Vaccination in the Punjab 1883-1896 - 1883-1896
Year: 1883
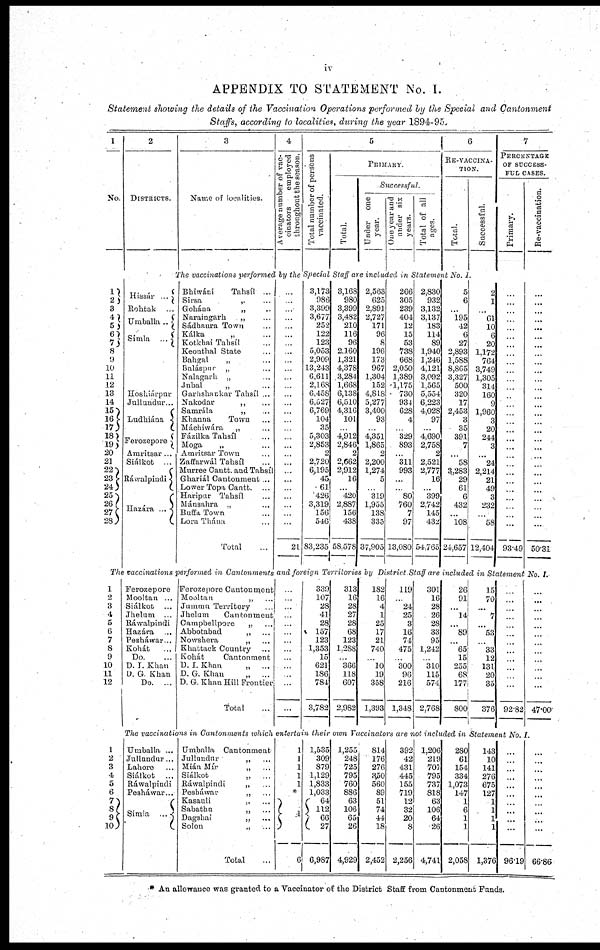
iv
APPENDIX TO STATEMENT No. I.
Statement showing the details of the Vaccination Operations performed by the Special and Cantonment
Staffs, according to localities, during the year 1894-95.
1
No.
2
DISTRICTS.
3
Name of localities.
4
Average number of vac-
cinators
employed
throughout the season.
5
Total number of persons
vaccinated.
PRIMARY.
Total.
Successfu/.
Under one
year.
One year and
under six
years.
Total of all
ages.
6
RE-VACCINA¬
-----
Total.
Successful.
7
PERCENTAGE
OF SUCCESS¬
--- CASES.
Primary.
Re-vaccination.
The vaccinations performed by the Special Staff are included in Statement No. I.
1
2
3
4
5
6
7
8
9
10
11
12
13
14
15
16 17
18
19
20
21
22
23
24
25
26
27
28
Hissár
...
Rohtak ...
Umballa ...
Simla
...
Hoshiárpur ...
Jullundur ...
Ludhiána ...
Ferozepore ...
Amritsar ...
Siálkot ...
Ráwalpindi ...
Hazára
...
Bhiwáni
Tahsíl
Sirsa
„
...
Gohána „ ...
Naraingarh „ ...
Sádhaura Town „ ...
Kálka „ ...
Kotkhai Tahsíl ...
Keonthal State ...
Bahgal „ ...
Baláspur „ ...
Nalagarh „ ...
Jubal „ ...
Garhshankar Tahsíl ...
Nakodar „ ...
Samrála „ ...
Khanna
Town ...
Máchiwára „ ...
Fázílka Tahsíl ...
Moga „ ...
Amritsar Town ...
Zaffarwál Tahsíl ...
Murree Cantt. and Tahsíl ...
Ghariál Cantonment ...
Lower Topa Cantt. ...
Haripur Tahsíl ...
Mánsahra „ ...
Buffa Town „ ...
Lora Thána „ ...
Total ...
...
...
...
...
...
...
...
...
...
...
...
...
...
...
...
...
...
...
...
...
...
...
...
...
...
...
...
...
21
3,173
986
3,399
3,677
252
122
123
5,053
2,909
13,243
6,611
2,168
6,458
6,527
6,769
104
35
5,303
2,853
2
2,720
6,195
45
61
426
3,319
156
546
83,235
3,168
980
3,399
3,482
210
116
96
2,160
1,321
4,378
3,284
1,668
6,138
6,510
4,316
101
...
4,912
2,846
2
2,662
2,912
16
...
420
2,887
156
438
58,578
2,563
625
2,891
2,727
171
96
8
196
173
967
1,304
152
4,818
5,277
3,400
93
...
4,351
1,865
2
2,200
1,274
5
...
319
1,955
138
335
37,905
266
305
239
404
12
15
53
738
668
2,050
1,389
1,175
730
934
628
4
...
329
893
... 311
993
...
...
80
760
7
97
13,080
2,830
932
3,132
3,137
183
114
89
1,940
1,246
4,121
3,092
1,565
5,554
6,223
4,028
97
...
4,690
2,758
2
2,521
2,777
16
...
399
2,742
145
432
54,765
5
6
...
195
42
6
27
2,893
1,588
8,865
3,327
500
320
17
2,453
3
35
391
7
... 58
3,283
29
61
6
432
...
108
24,657
2
1
...
61
10
6
20
1,172
764
3,749
1,305
314
160
9
1,960
3
20
244
3
... 24
2,214
21
49
3
232
...
58
12,404
...
...
...
...
...
...
...
...
...
...
...
...
...
...
...
...
...
...
...
...
...
...
...
...
...
...
...
...
93.49
...
...
...
...
...
...
...
...
...
...
...
...
...
...
...
...
...
...
...
...
...
...
...
...
...
...
...
...
50.31
The vaccinations performed in Cantonments and foreign Territories by District Staff are included in Statement No. I
1
2
3
4
5
6
7
8
9
10
11
12
Ferozepore ...
Mooltan ...
Siálkot ...
Jhelum ...
Ráwalpindi ...
Hazára ...
Pesháwar ...
Kohát
...
Do. ...
D. I. Khan ...
D. G. Khan ...
Do. ...
Ferozepore Cantonment ...
Mooltan
„
...
Jummu Territory ...
Jhelum
Cantonment ...
Campbellpore „ ...
Abbotabad „ ...
Nowshera „ ...
Khattack Country ...
Kohát
Cantonment ...
D. I. Khan
„
...
D. G. Khan „ ...
D. G. Khan Hill Frontier ...
Total ...
...
...
...
...
...
...
...
...
...
...
...
...
...
339
107
28
41
28
157
123
1,353
15
621
186
784
3,782
313
16
28
27
28
68
123
1,288
...
366
118
607
2,982
182
16
4
1
25
17
21
740
...
10
19
358
1,393
119
...
24
25
3
16
74
475
...
300
96
216
1,348
301
16
28
26
28
33
95
1,242
...
310
115
574
2,768
26
91
...
14
...
89
... 65
15
255
68
177
800
15
70
...
7
...
53
...
33
12
131
20
35
376
...
...
...
...
...
...
...
...
...
...
...
...
92.82
...
...
...
...
...
...
...
...
...
...
...
...
47.00
The vaccinations in Cantonments which entertain their own Vaccinators are not included in Statement No. I.
1
2
3
4
5
6
7
8
9
10
Umballa ...
Jullundar ...
Lahore ...
Siálkot ...
Ráwalpindi ...
Pesháwar ...
Simla
...
Umballa Cantonment ...
Jullundur „ ...
Mián Mír „ ...
Siálkot
„
...
Ráwalpindi „ ...
Pesháwar „ ...
Kasauli
„
...
Sabathu
„
...
Dagshai
„
...
Solon
„
...
Total ...
1
1
1
1
1
*
1
6
1,535
309
879
1,129
1,833
1,033
64
112
66
27
6,987
1,255
248
725
795
760
886
63
106
65
26
4,929
814
176
276
350
560
89
51
74
44
18
2,452
392
42
431
445
155
719
12
32
20
8
2,256
1,206
219
707
795
737
818
63
106
64
26
4,741
280
61
154
334
1,073
147
1
6
1
1
2,058
143
10
141
276
675
127
1
1
1
1
1,376
...
...
...
...
...
...
...
...
...
...
96.19
...
...
...
...
...
...
...
...
...
...
66.86
* An allowance was granted to a Vaccinator of the District Staff from Cantonment Funds.